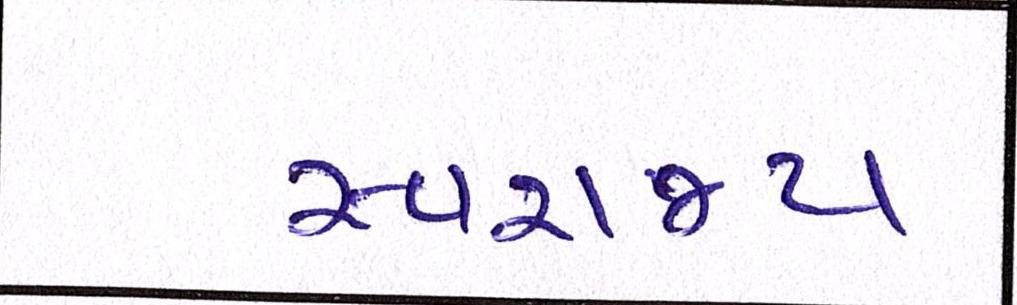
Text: સ્વરાજ્ય